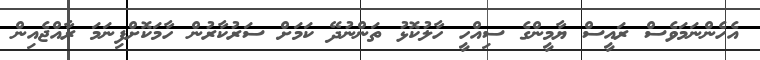
އެހެންނަމަވެސް ރައީސް ޔާމީންގެ ސިއްހީ ހާލުކޮޅު ތަންނުދޭ ކަމަށް ސަރުކާރުން ހާމަކޮށްފިނަމަ ރާއްޖެއިން